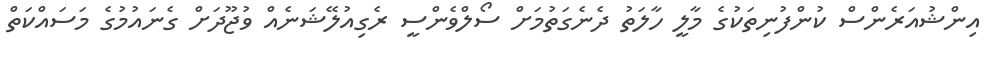
އިންޝުއަރެންސް ކުންފުނިތަކުގެ މާލީ ހާލަތު ދެނެގަތުމަށް ސޯލްވެންސީ ރެގިއުލޭޝަނެއް ވުޖޫދަށް ގެނައުމުގެ މަސައްކަތް